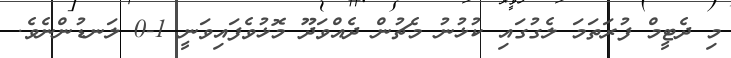
މި ދެޓީމް ފުރަތަމަ ލެގުގައި ކުޅުނު މެޗުން ދެއްވަދޫ މޮޅުވެފައިވަނީ 1-0 ލަނޑުންނެވެ.